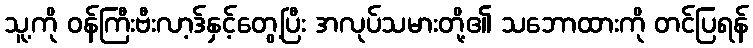
သူ့ကို ဝန်ကြီးဗီးလာ့ဒ်နှင့်တွေ့ပြီး အလုပ်သမားတို့၏ သဘောထားကို တင်ပြရန်